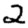
Digit: 2